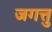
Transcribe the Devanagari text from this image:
जगत्तु